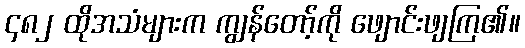
၄၈၂ ထိုအသံများက ကျွန်တော့်ကို ဖျောင်းဖျကြ၏။